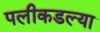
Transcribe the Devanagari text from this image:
पलीकडल्या